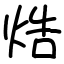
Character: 焅